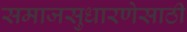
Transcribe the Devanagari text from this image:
समाजसुधारणेसाठी